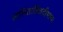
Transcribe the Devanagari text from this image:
ललितात्रिशतीभाष्य